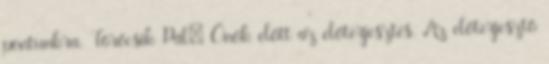
pontunkra. Törőcsik Pál: Önök előtt az előterjesztés. Az előterjesztő